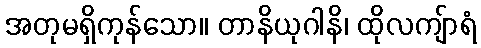
အတုမရှိကုန်သော။ တာနိယုဂါနိ၊ ထိုလကျ်ာရံ